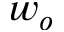
w _ { o }